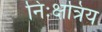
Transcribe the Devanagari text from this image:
निःक्षत्रिय